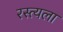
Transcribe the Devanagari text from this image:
रस्त्यला